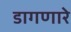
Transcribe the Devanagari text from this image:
डागणारे